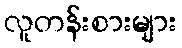
လူတန်းစားများ